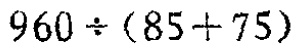
$960\div(85 + 75)$